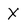
Character: X